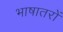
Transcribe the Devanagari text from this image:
भाषातरों